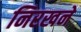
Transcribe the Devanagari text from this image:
निरखने